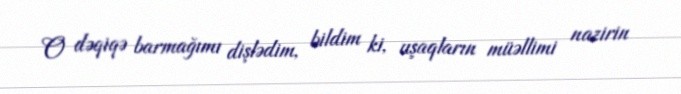
O dəqiqə barmağımı dişlədim, bildim ki, uşaqların müəllimi nazirin